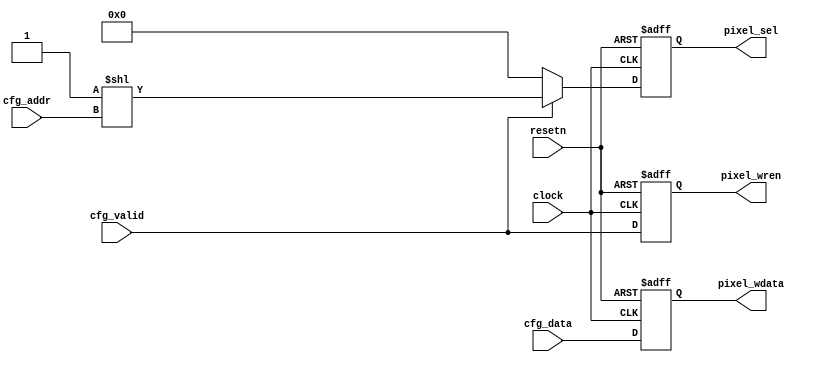
/*************************************************************************
 > Copyright (C) 2021 Sangfor Ltd. All rights reserved.
 > File Name   : bitdec.v
 > Author      : 
 > Mail        :  
 > Created Time: 
 ************************************************************************/
module pixel_cfg_decode(
   input  wire             clock  ,
   input  wire             resetn ,
   input  wire [7:0]       cfg_addr ,
   input  wire [14:0]      cfg_data ,
   input  wire             cfg_valid,

   output reg  [179:0]     pixel_sel ,
   output reg  [14:0]      pixel_wdata,
   output reg              pixel_wren 
);


   always@(posedge clock, negedge resetn) begin 
      if(~resetn) begin
         pixel_sel <= 180'h0;
         pixel_wdata <= 15'h0;
         pixel_wren  <= 1'b0;
      end else begin
         pixel_wdata <= cfg_data;
         pixel_wren  <= cfg_valid;
         pixel_sel   <= (cfg_valid) ? (1 << cfg_addr ) : 180'h0;
      end
   end

endmodule